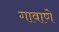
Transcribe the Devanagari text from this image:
गावाणे